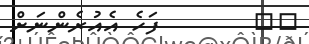
٤٥        ފަހެ އެއުރެންނަށް